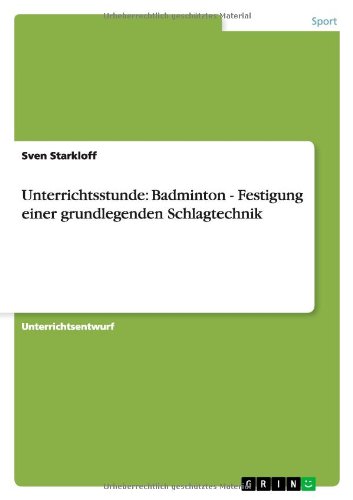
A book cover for Unterrichtsstunde: Badminton - Festigung Einer Grundlegenden Schlagtechnik (German Edition); Sven Starkloff; Sports & Outdoors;